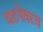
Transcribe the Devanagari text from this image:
घटनेवरच